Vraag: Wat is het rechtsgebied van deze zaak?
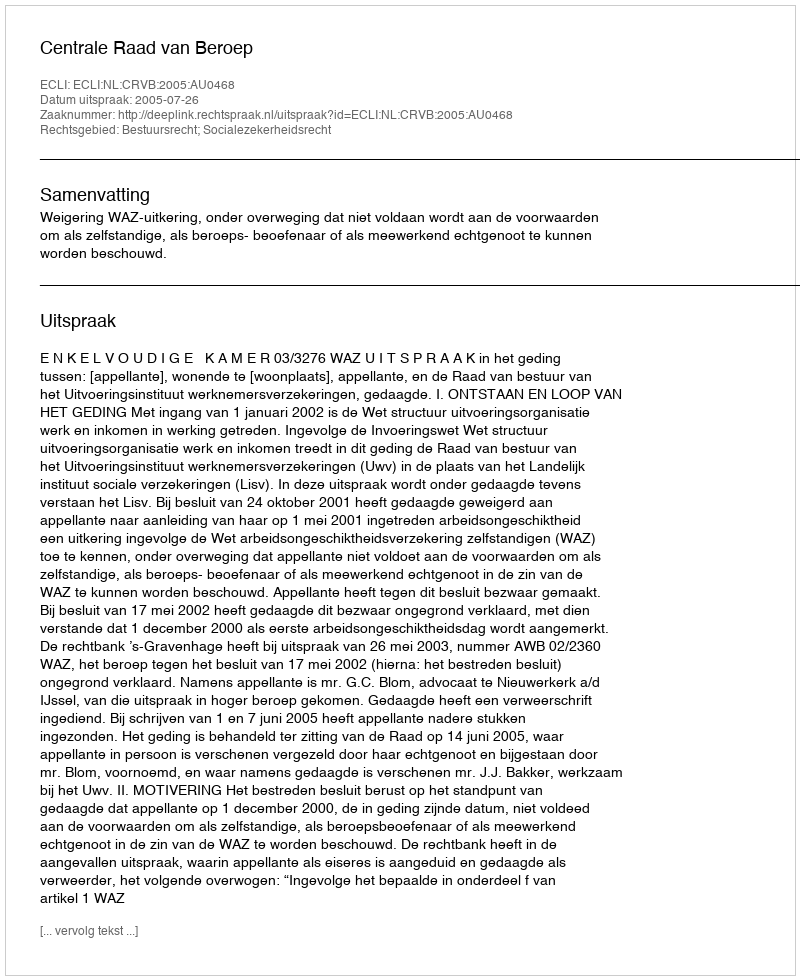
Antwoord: Bestuursrecht; Socialezekerheidsrecht